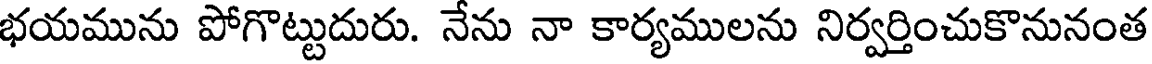
భయమును పోగొట్టుదురు. నేను నా కార్యములను నిర్వర్తించుకొనునంత